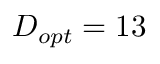
D _ { o p t } = 1 3